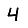
Digit: 4